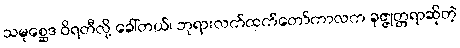
သမုစ္ဆေဒ ဝိရတီလို့ ခေါ်တယ်၊ ဘုရားလက်ထက်တော်ကာလက ခုဇ္ဇုတ္တရာဆိုတဲ့